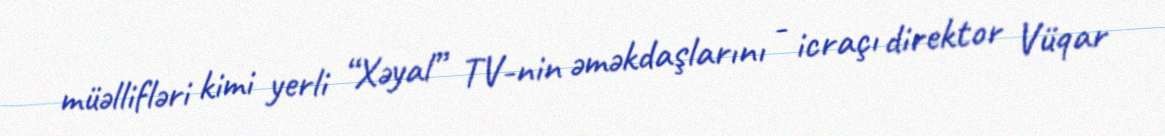
müəllifləri kimi yerli “Xəyal” TV-nin əməkdaşlarını - icraçı direktor Vüqar